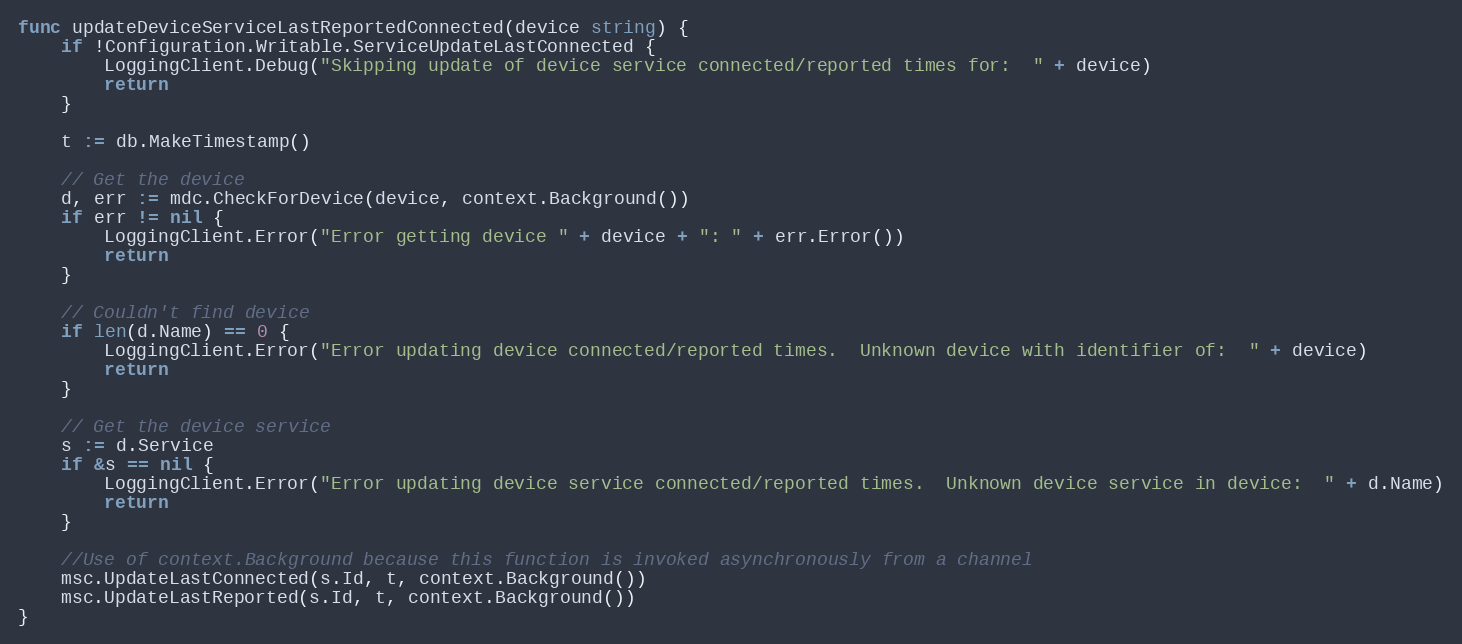
Language: Go
func updateDeviceServiceLastReportedConnected(device string) {
	if !Configuration.Writable.ServiceUpdateLastConnected {
		LoggingClient.Debug("Skipping update of device service connected/reported times for:  " + device)
		return
	}

	t := db.MakeTimestamp()

	// Get the device
	d, err := mdc.CheckForDevice(device, context.Background())
	if err != nil {
		LoggingClient.Error("Error getting device " + device + ": " + err.Error())
		return
	}

	// Couldn't find device
	if len(d.Name) == 0 {
		LoggingClient.Error("Error updating device connected/reported times.  Unknown device with identifier of:  " + device)
		return
	}

	// Get the device service
	s := d.Service
	if &s == nil {
		LoggingClient.Error("Error updating device service connected/reported times.  Unknown device service in device:  " + d.Name)
		return
	}

	//Use of context.Background because this function is invoked asynchronously from a channel
	msc.UpdateLastConnected(s.Id, t, context.Background())
	msc.UpdateLastReported(s.Id, t, context.Background())
}